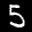
Label: 5